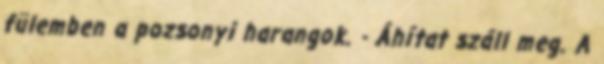
fülemben a pozsonyi harangok. - Áhítat száll meg. A